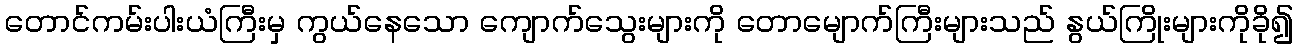
တောင်ကမ်းပါးယံကြီးမှ ကွယ်နေသော ကျောက်သွေးများကို တောမျောက်ကြီးများသည် နွယ်ကြိုးများကိုခို၍